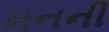
મનની